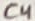
Text: C4